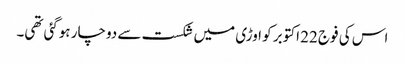
اس کی فوج 22 اکتوبر کو اوڑی میں شکست سے دوچار ہوگئی تھی۔